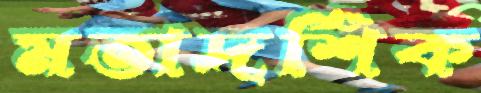
মতাদর্শিক